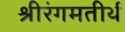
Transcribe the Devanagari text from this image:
श्रीरंगमतीर्थ